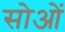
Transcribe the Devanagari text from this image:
सोओं